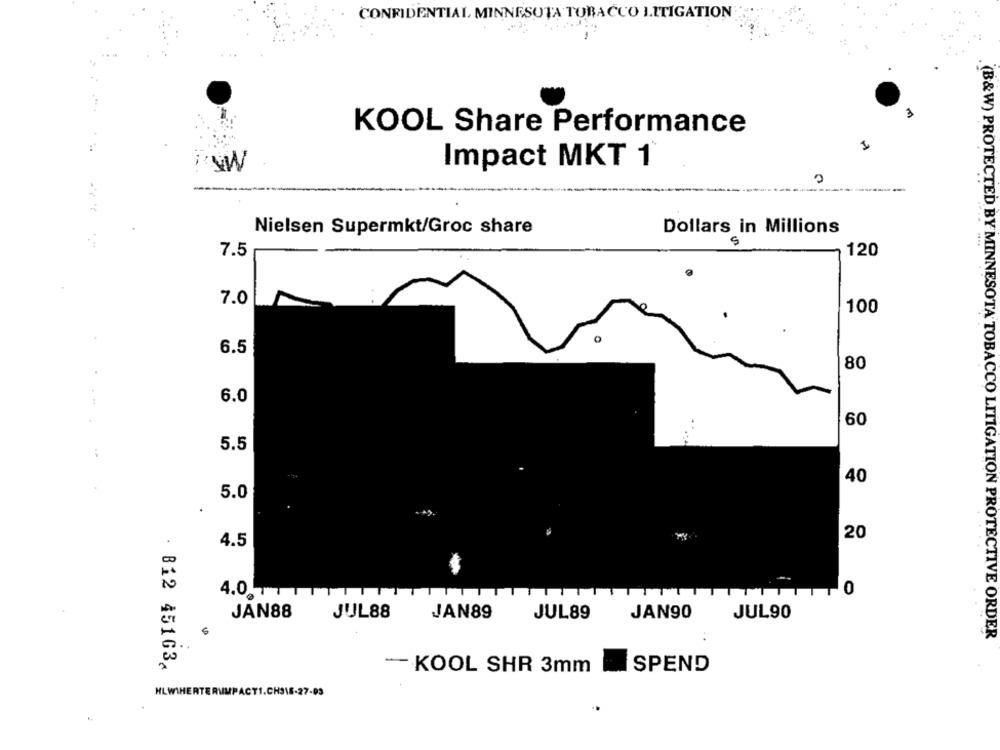
CONFIDENTIAL MINNESOTA TOBACCO LITIGATION
KOOL Share Performance
Impact MKT 1
Nielsen Supermkt/Groc share
Dollars in Millions
7.5
120
7.0
100
6.5
80
6.0
60
5.5
40
5.0
20
4.5
0
JAN88
JUL88
JAN90
JUL90
JAN89
JUL89
(B&W) PROTECTED BY MINNESOTA TOBACCO LITIGATION PROTECTIVE ORDER
· 812 45163,
- KOOL SHR 3mm
SPEND
HLWIHERTERIMPACT1.CHSIE-27.99